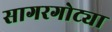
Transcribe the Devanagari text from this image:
सागरगोट्या